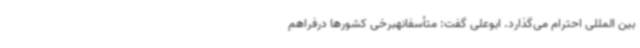
بین المللی احترام می‌گذارد. ابوعلی گفت: متأسفانهبرخی کشورها درفراهم